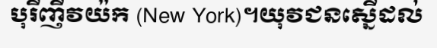
បុរីញីវយ៉ក (New York)។យុវជនស្នើដល់